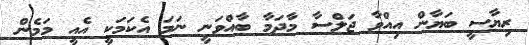
ރިޔާސީ ބަޔާން އިއްވާ ޖަލްސާ މާދަމާ ބާއްވަނީ ނަމަ އެކަމަކީ އެއީ މަމެން